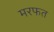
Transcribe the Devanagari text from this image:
मरफत